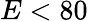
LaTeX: E<80